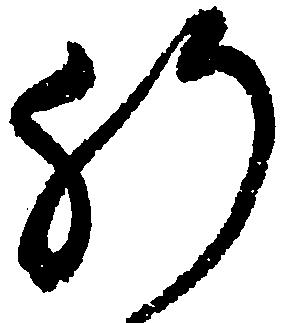
肝